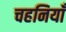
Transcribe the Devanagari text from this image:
चहनियाँ